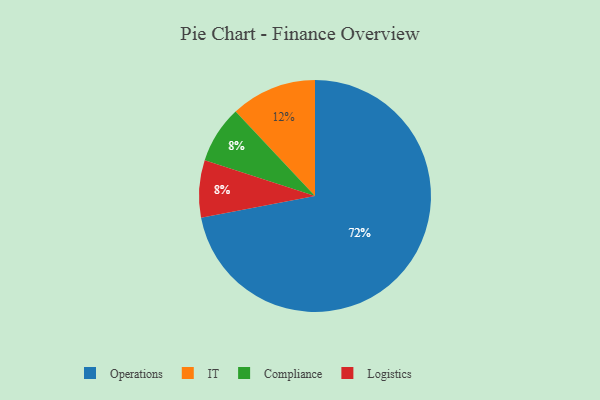
{"axis": {"x": "Category", "y": "Percentage"}, "legend": ["Compliance", "IT", "Logistics", "Operations"], "data": [{"x": "Operations", "y": 72, "type": "Operations"}, {"x": "IT", "y": 12, "type": "IT"}, {"x": "Compliance", "y": 8, "type": "Compliance"}, {"x": "Logistics", "y": 8, "type": "Logistics"}]}